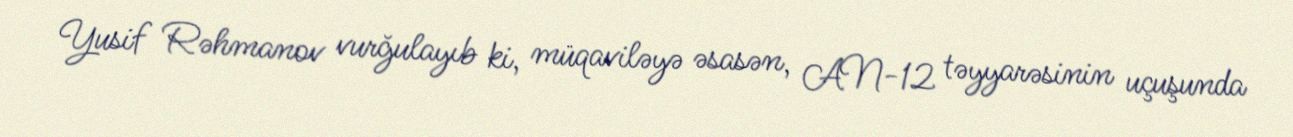
Yusif Rəhmanov vurğulayıb ki, müqaviləyə əsasən, AN-12 təyyarəsinin uçuşunda